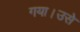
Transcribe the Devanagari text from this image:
गया।उसे